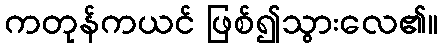
ကတုန်ကယင် ဖြစ်၍သွားလေ၏။